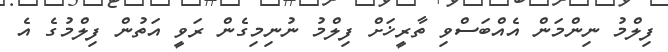
ފިލްމު ނިންމަން އެއްބަސްވި ތާރީޚަށް ފިލްމު ނުނިމިގެން ރަވީ އަތުން ފިލްމުގެ އެ